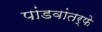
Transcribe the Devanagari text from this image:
पांडवांतर्फे